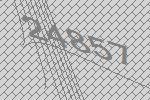
24857